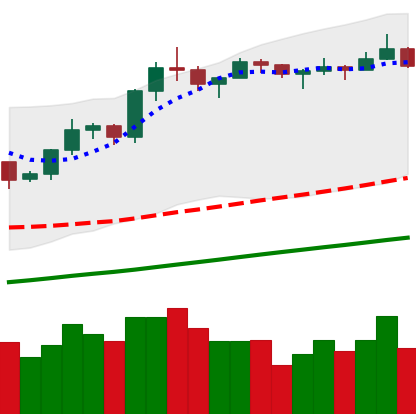
Ticker: LTC-USD
Chart end date: 2019-06-23
Forward return: -12.224%
Label: down_7plus